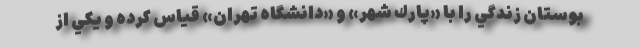
بوستان زندگي را با «پارك شهر» و «دانشگاه تهران» قياس كرده و يكي از